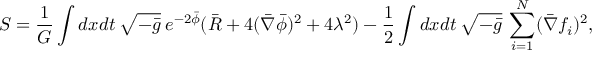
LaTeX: S = \frac { 1 } { G } \int d x d t \: \sqrt { - \bar { g } } \: e ^ { - 2 \bar { \phi } } ( \bar { R } + 4 ( \bar { \nabla } \bar { \phi } ) ^ { 2 } + 4 \lambda ^ { 2 } ) - \frac { 1 } { 2 } \int d x d t \: \sqrt { - \bar { g } } \: \sum _ { i = 1 } ^ { N } ( \bar { \nabla } f _ { i } ) ^ { 2 } ,